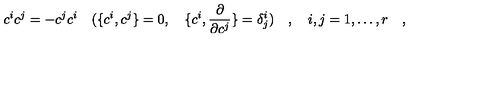
c ^ { i } c ^ { j } = - c ^ { j } c ^ { i } \quad ( \{ c ^ { i } , c ^ { j } \} = 0 , \quad \{ c ^ { i } , { \frac { \partial } { \partial c ^ { j } } } \} = \delta _ { j } ^ { i } ) \quad , \quad i , j = 1 , \dots , r \quad ,